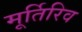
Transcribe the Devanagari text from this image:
मूर्तिरिव